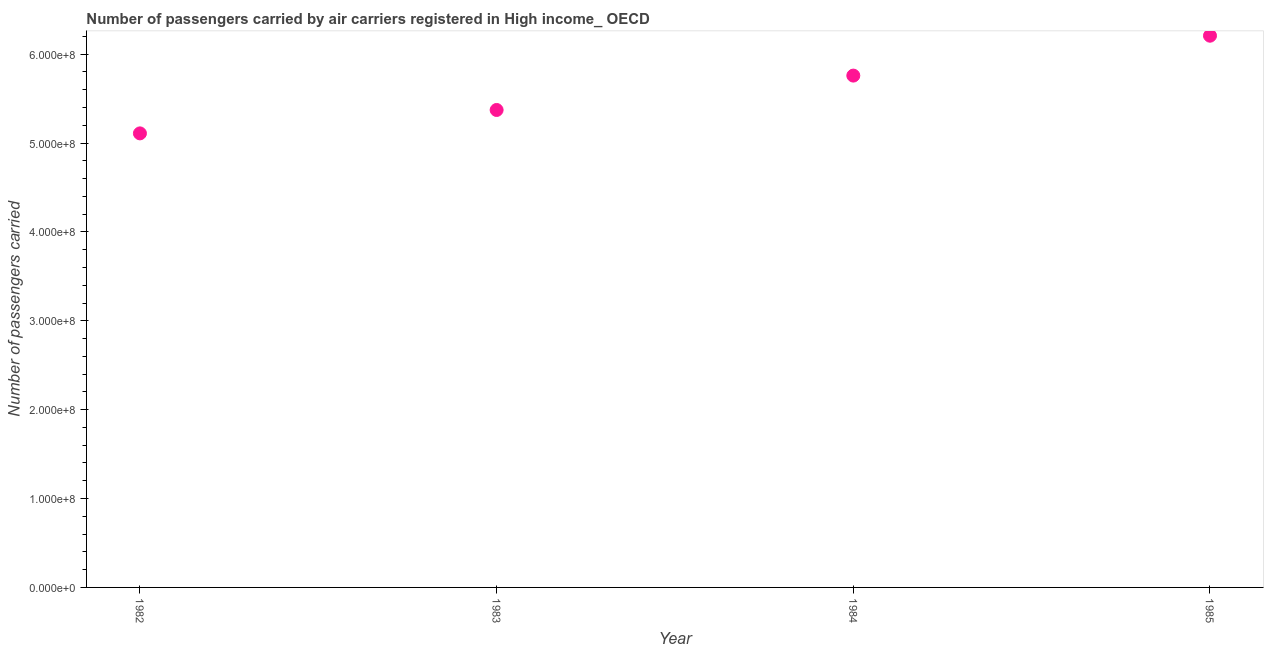
| Year | Air transport |
 | --- | --- |
 | 1982 | 5.11e+08 |
 | 1983 | 5.37e+08 |
 | 1984 | 5.76e+08 |
 | 1985 | 6.21e+08 |